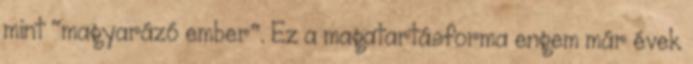
mint "magyarázó ember". Ez a magatartásforma engem már évek